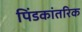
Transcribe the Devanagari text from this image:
पिंडकांतरिक